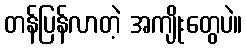
တန်ပြန်လာတဲ့ အကျိုးတွေပဲ။